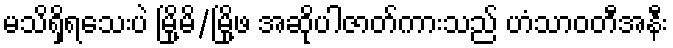
မသိရှိရသေးပဲ မြို့မိ/မြို့ဖ အဆိုပါဇာတ်ကားသည် ဟံသာဝတီအနီး